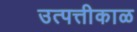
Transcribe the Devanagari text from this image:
उत्पत्तीकाळ